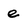
Character: e